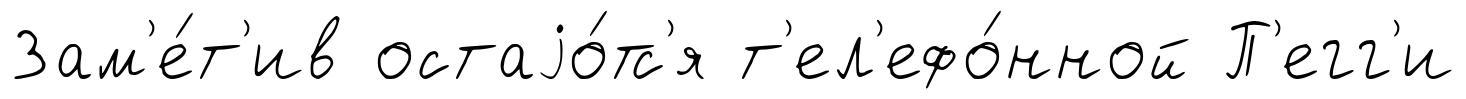
Зам'е́т'ив остаjо́тс'я т'ел'ефо́нной П'егг'и